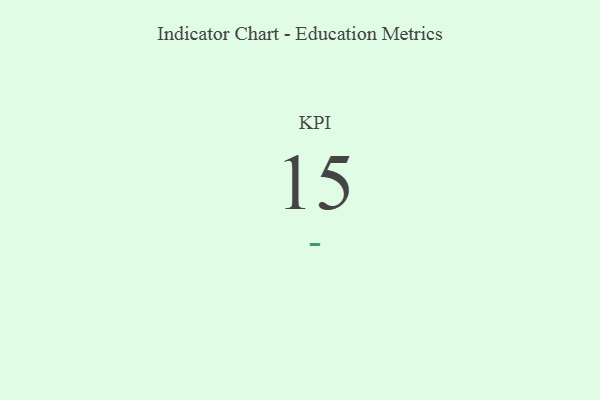
{"axis": {"x": "KPI", "y": "Value"}, "legend": [""], "data": [{"x": "KPI", "y": 15, "type": ""}]}